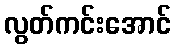
လွတ်ကင်းအောင်